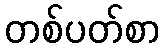
တစ်ပတ်စာ